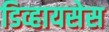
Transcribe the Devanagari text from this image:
डिव्हायसेस